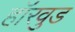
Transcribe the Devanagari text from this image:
हॉरवुड